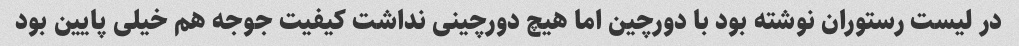
در لیست رستوران نوشته بود با دورچین اما هیچ دورچینی نداشت کیفیت جوجه هم خیلی پایین بود